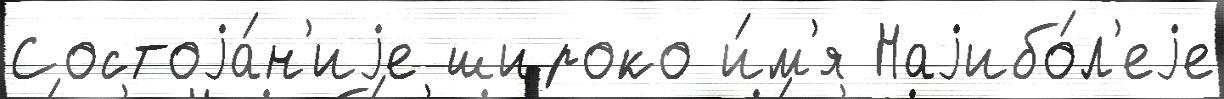
Состоjа́н'иjе широко и́м'я Наjибо́л'еjе